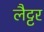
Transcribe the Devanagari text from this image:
लैट्टर